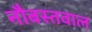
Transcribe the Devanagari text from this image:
नौबस्तवाल